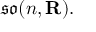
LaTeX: { \mathfrak { s o } } ( n , \mathbf { R } ) .